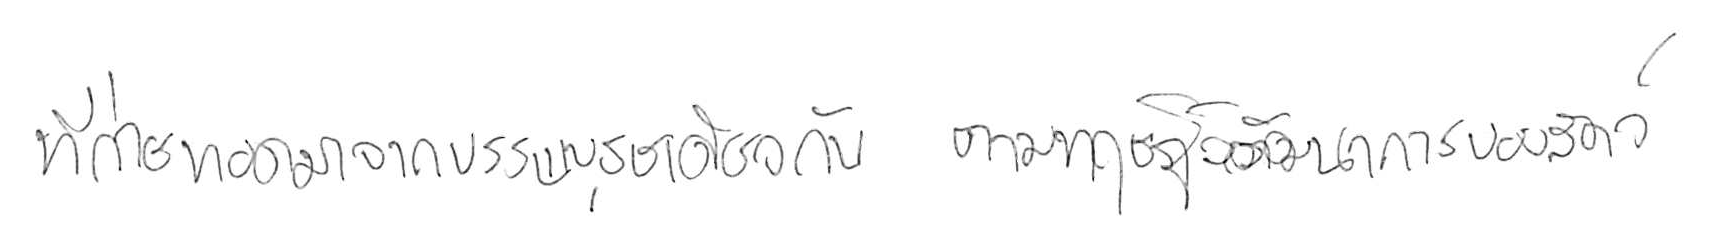
ที่ถ่ายทอดมาจากบรรพบุรุษเดียวกัน ตามทฤษฎีวิวัฒนาการของสัตว์